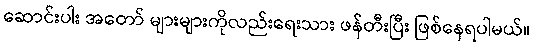
ဆောင်းပါး အတော် များများကိုလည်းရေးသား ဖန်တီးပြီး ဖြစ်နေရပါမယ်။